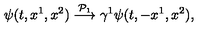
\psi ( t , x ^ { 1 } , x ^ { 2 } ) \stackrel { { \cal P } _ { 1 } } { \longrightarrow } \gamma ^ { 1 } \psi ( t , - x ^ { 1 } , x ^ { 2 } ) ,